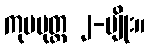
ကုပပုတ္တ ၂-မျိုး။